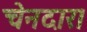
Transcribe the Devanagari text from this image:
चेनदार।